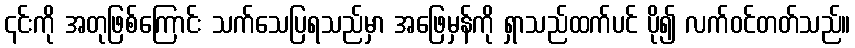
၎င်းကို အတုဖြစ်ကြောင်း သက်သေပြရသည်မှာ အဖြေမှန်ကို ရှာသည်ထက်ပင် ပို၍ လက်ဝင်တတ်သည်။